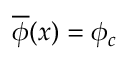
\overline { { { \phi } } } ( x ) = \phi _ { c }